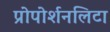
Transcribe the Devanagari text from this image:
प्रोपोर्शनलिटा